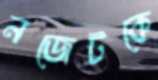
নজেটকে